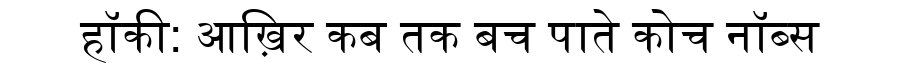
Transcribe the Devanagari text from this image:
हॉकी: आख़िर कब तक बच पाते कोच नॉब्स